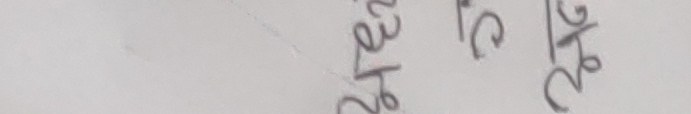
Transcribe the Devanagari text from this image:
खारेज हुन सक्छ